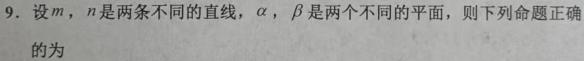
9. 设$m$，$n$是两条不同的直线，$\alpha$，$\beta$是两个不同的平面，则下列命题正确的为